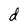
Character: d